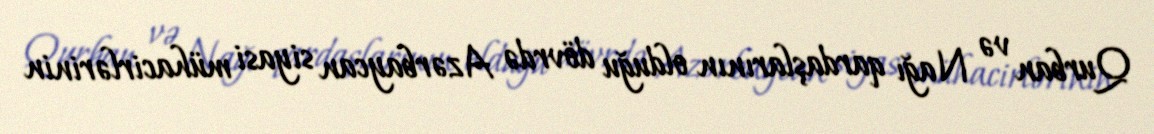
Qurban və Nağı qardaşlarının olduğu dövrdə Azərbaycan siyasi mühacirlərinin